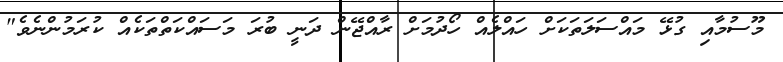
މޫސުމާއި ގުޅޭ މައްސަލަތަކަށް ހައްލެއް ހޯދުމަށް ރާއްޖޭން ދަނީ ބުރަ މަސައްކަތްތަކެއް ކުރަމުންނެވެ"